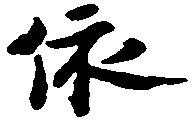
依